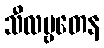
သီလဗ္ဗတေန